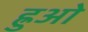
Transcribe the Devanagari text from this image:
ह्रुओ